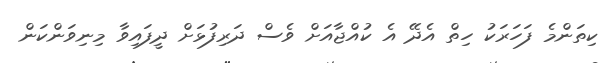
ކިތަންމެ ފަހަރަކު ހިތް އެދޭ އެ ކުއްޖާއަށް ވެސް ދަރިފުޅަށް ދީފައިވާ މިނިވަންކަން